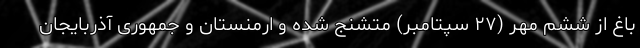
باغ از ششم مهر (۲۷ سپتامبر) متشنج شده و ارمنستان و جمهوری آذربایجان